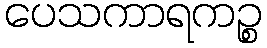
ပေသကာရကဉ္စ